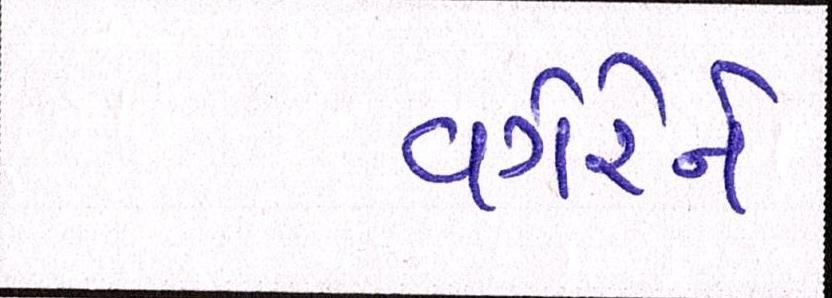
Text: વગેરેને